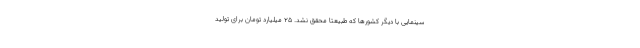
سینمایی با دیگر کشورها که طبیعتا محقق نشد. ۲۵ میلیارد تومان برای تولید